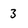
Character: 3